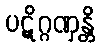
ပဋိဂ္ဂဏှန္တိ